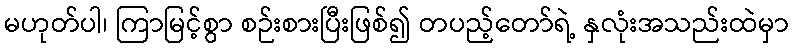
မဟုတ်ပါ၊ ကြာမြင့်စွာ စဉ်းစားပြီးဖြစ်၍ တပည့်တော်ရဲ့ နှလုံးအသည်းထဲမှာ